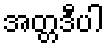
အတ္တဒီပါ